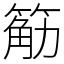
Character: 䈥